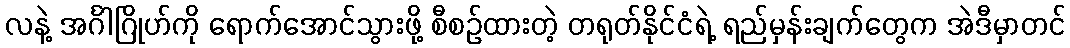
လနဲ့ အင်္ဂါဂြိုဟ်ကို ရောက်အောင်သွားဖို့ စီစဉ်ထားတဲ့ တရုတ်နိုင်ငံရဲ့ ရည်မှန်းချက်တွေက အဲဒီမှာတင်